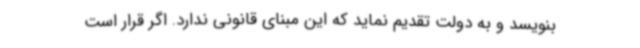
بنویسد و به دولت تقدیم نماید که این مبنای قانونی ندارد. اگر قرار است